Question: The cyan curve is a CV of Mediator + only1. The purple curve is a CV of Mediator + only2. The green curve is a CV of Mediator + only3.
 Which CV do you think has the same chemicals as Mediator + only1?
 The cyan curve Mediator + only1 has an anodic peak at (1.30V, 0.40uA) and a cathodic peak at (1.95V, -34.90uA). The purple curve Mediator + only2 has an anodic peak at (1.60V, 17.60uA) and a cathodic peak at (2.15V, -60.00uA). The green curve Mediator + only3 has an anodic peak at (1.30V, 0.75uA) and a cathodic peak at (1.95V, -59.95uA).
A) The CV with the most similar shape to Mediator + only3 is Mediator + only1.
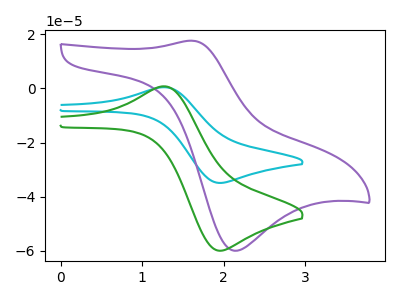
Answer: <think>"Mediator + only1" and "Mediator + only2" have at least one peak that do not match. All the peaks in "Mediator + only1" have a peak in "Mediator + only3" at the same potential. Every peak in "Mediator + only1" is lower than every peak in "Mediator + only3". "Mediator + only2" and "Mediator + only3" have at least one peak that do not match.
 </think>
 <answer>A) The CV with the most similar shape to "Mediator + only3" is "Mediator + only1".</answer>
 <eval>A</eval>